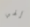
إلهي